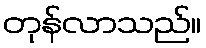
တုန်လာသည်။